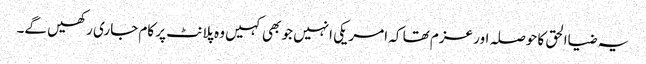
یہ ضیاالحق کا حوصلہ اور عزم تھا کہ امریکی انہیں جو بھی کہیں وہ پلانٹ پر کام جاری رکھیں گے۔